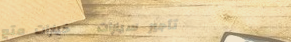
تأجير سيارات   خيارات متع